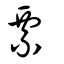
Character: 票